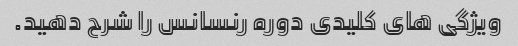
ویژگی های کلیدی دوره رنسانس را شرح دهید.